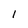
Character: l